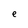
Character: e